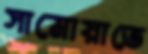
সামোয়াতে